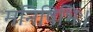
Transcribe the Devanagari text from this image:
मनिषिभिः।